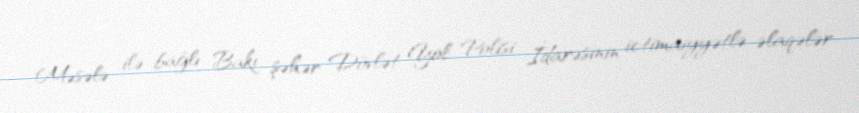
Məsələ ilə bağlı Bakı şəhər Dövlət Yol Polisi İdarəsinin ictimaiyyətlə əlaqələr